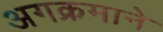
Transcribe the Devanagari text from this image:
अगक्रमाने